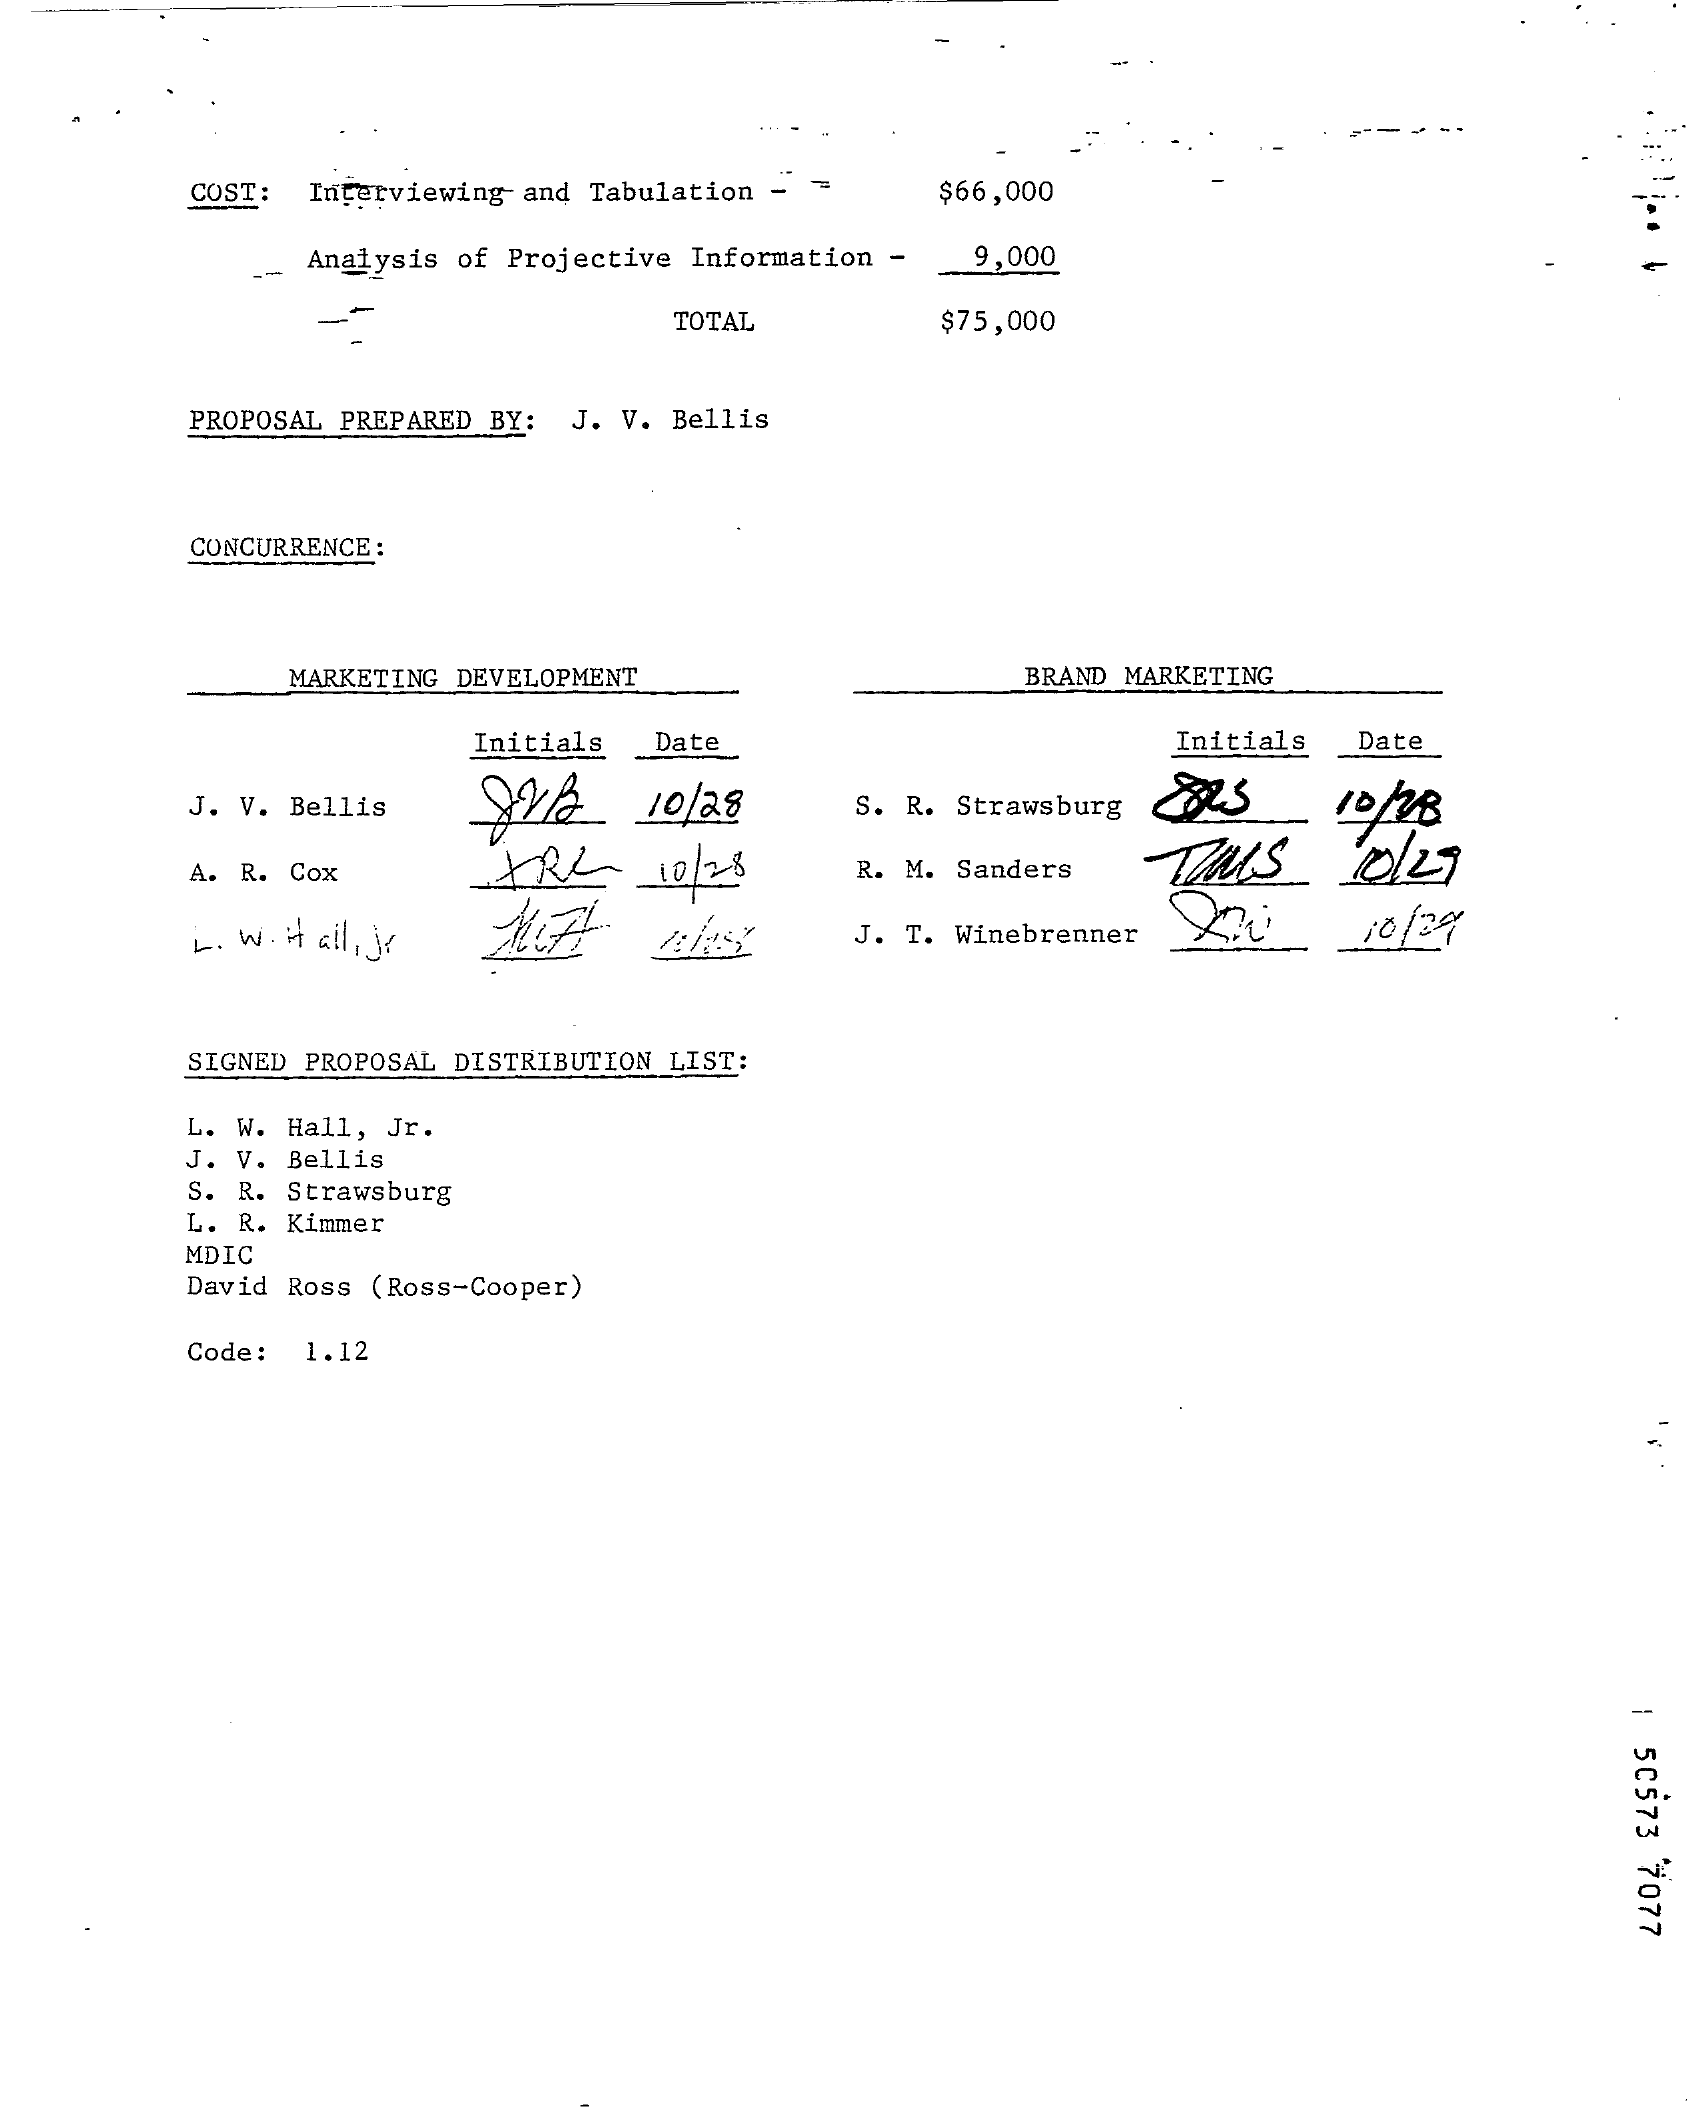
COST: Interviewing- and Tabulation - = $66,000
     -- Analysis of Projective Information - 9,000
     --    TOTAL    $75,000
     PROPOSAL PREPARED BY: J. V. Bellis
     CONCURRENCE :
     MARKETING DEVELOPMENT    BRAND MARKETING
     Initials Date    Initials Date
     J. V. Bellis 92/    10/28    S. R. Strawsburg
     A. R. Cox    FRL    10 /28   R. M. Sanders TOUS    10/27
     L. W. it all , Je    J. T. Winebrenner 200  10/29
     SIGNED PROPOSAL DISTRIBUTION LIST:
     L. W. Hall, Jr.
     J. V. Bellis
     S. R. Strawsburg
     L. R. Kimmer
     MDIC
     David Ross (Ross-Cooper)
     Code: 1.12
     |
     50573
     7077